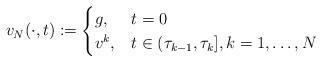
LaTeX: \begin{align*}v_N(\cdot,t):=\begin{cases}g, & t=0\\v^k, & t\in (\tau_{k-1},\tau_k], k=1,\ldots,N\end{cases}\end{align*}